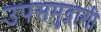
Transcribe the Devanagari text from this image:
उपसमुद्राशी